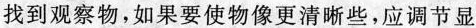
找到观察物，如果要使物像更清晰些，应调节显